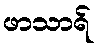
ဖာသာရ်